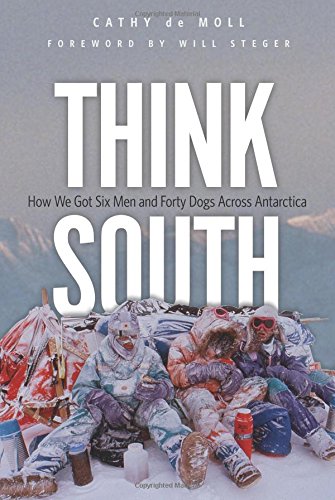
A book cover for Think South: How We Got Six Men and Forty Dogs Across Antarctica; Cathy de Moll; Science & Math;